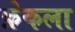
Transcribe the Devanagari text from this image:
फ़ेकला